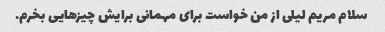
سلام مریم لیلی از من خواست برای مهمانی برایش چیزهایی بخرم.